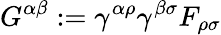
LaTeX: G^{\alpha\beta}:=\gamma^{\alpha\rho}\gamma^{\beta\sigma}F_{\rho\sigma}